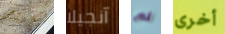
القروض آنجيلا لم أخرى